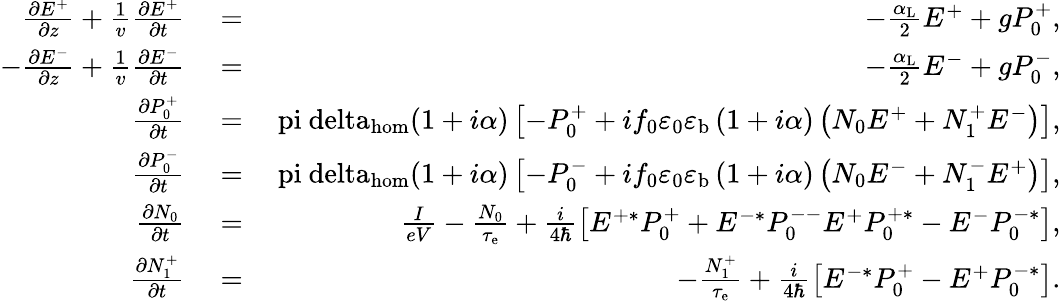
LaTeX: \begin{array}{rlr}{\frac{\partial E^{+}}{\partial z}+\frac{1}{v}\frac{\partial E^{+}}{\partial t}}&{{}=}&{-\frac{\alpha_{\mathrm{L}}}{2}E^{+}+gP_{0}^{+},}\\ {-\frac{\partial E^{-}}{\partial z}+\frac{1}{v}\frac{\partial E^{-}}{\partial t}}&{{}=}&{-\frac{\alpha_{\mathrm{L}}}{2}E^{-}+gP_{0}^{-},}\\ {\frac{\partial P_{0}^{+}}{\partial t}}&{{}=}&{\mathrm{\ pi\ delta_{hom}}(1+i\alpha)\left[-P_{0}^{+}+if_{0}\varepsilon_{0}\varepsilon_{\mathrm{b}}\left(1+i\alpha\right)\left(N_{0}E^{+}+N_{1}^{+}E^{-}\right)\right],}\\ {\frac{\partial P_{0}^{-}}{\partial t}}&{{}=}&{\mathrm{\ pi\ delta_{hom}}(1+i\alpha)\left[-P_{0}^{-}+if_{0}\varepsilon_{0}\varepsilon_{\mathrm{b}}\left(1+i\alpha\right)\left(N_{0}E^{-}+N_{1}^{-}E^{+}\right)\right],}\\ {\frac{\partial N_{0}}{\partial t}}&{{}=}&{\frac{I}{eV}-\frac{N_{0}}{\tau_{\mathrm{e}}}+\frac{i}{4\hbar}\left[E^{+*}P_{0}^{+}+E^{-*}P_{0}^{--}E^{+}P_{0}^{+*}-E^{-}P_{0}^{-*}\right],}\\ {\frac{\partial N_{1}^{+}}{\partial t}}&{{}=}&{-\frac{N_{1}^{+}}{\tau_{\mathrm{e}}}+\frac{i}{4\hbar}\left[E^{-*}P_{0}^{+}-E^{+}P_{0}^{-*}\right].}\end{array}